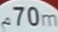
70m